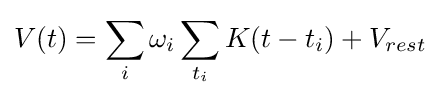
V(t)=\sum _{i}\omega _{i}\sum _{t_{i}}K(t-t_{i})+V_{rest}